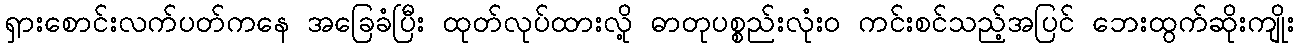
ရှားစောင်းလက်ပတ်ကနေ အခြေခံပြီး ထုတ်လုပ်ထားလို့ ဓာတုပစ္စည်းလုံးဝ ကင်းစင်သည့်အပြင် ဘေးထွက်ဆိုးကျိုး